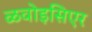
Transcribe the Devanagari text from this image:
ळवोइसिएर